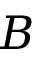
B